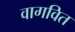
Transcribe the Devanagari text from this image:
वागवित